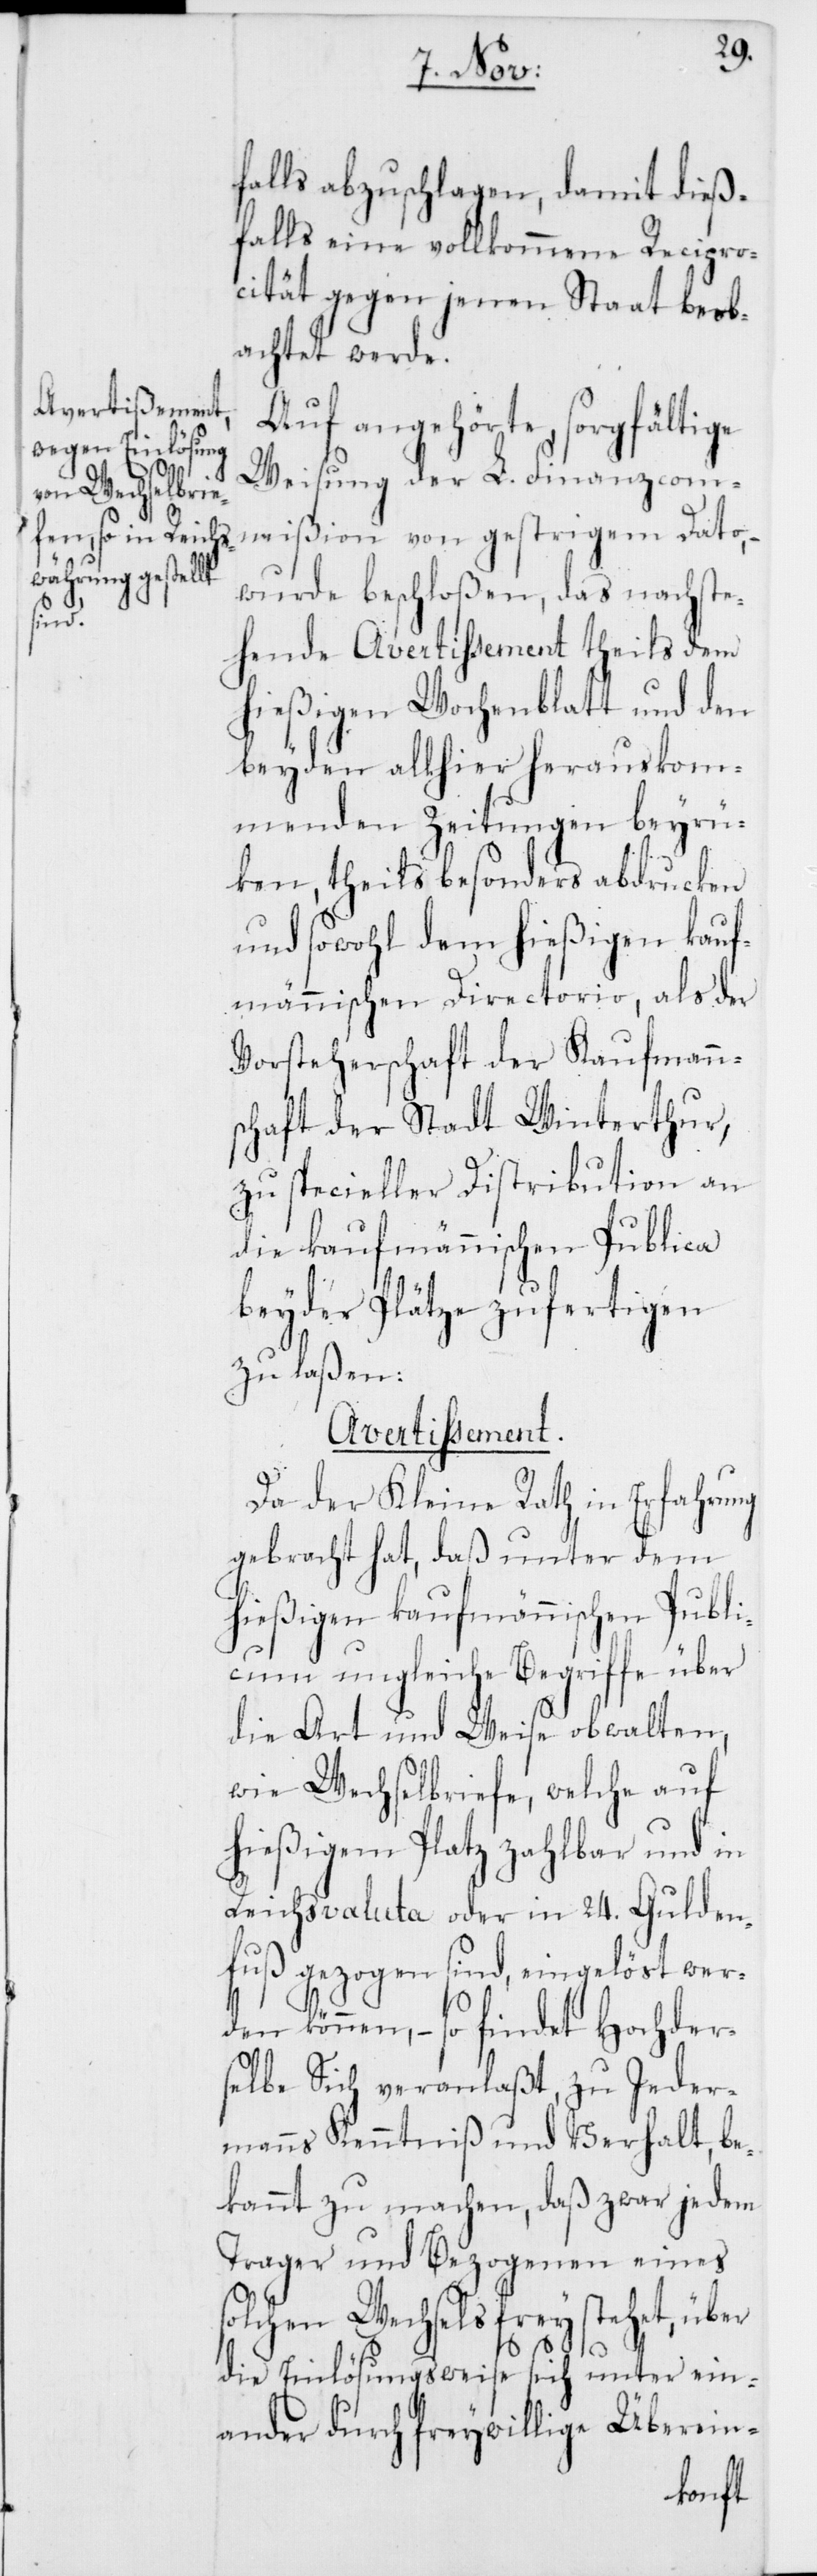
ion von
falls abzuschlagen, damit dieß¬
falls eine vollkommene Recipro¬
cität gegen jenen Staat beob¬
achtet werde.
Avertissement.
Auf angehörte, sorgfältige
Weisung der L. Finanzcommiß¬
wurde beschloßen, daß nachste¬
hende Avertissement theils dem
hießigen Wochenblatt und den
beyden allhier herauskom¬
menden Zeitungen beyrüc¬
ken, theils besonders abdrucken
und sowohl dem hießigen kauf¬
männischen Directorio, als der
Vorsteherschaft der Kaufmann¬
schaft der Stadt Winterthur,
zu specieller Distribution an
die kaufmännischen Publica
beyder Plätze zufertigen
zu laßen:
Da der Kleine Rath in Erfahrung
gebracht hat, daß unter dem
hießigen kaufmännischen Publi¬
cum ungleiche Begriffe über
die Art und Weise obwalten,
wie Wechselbriefe, welche auf
hießigem Platz zahlbar und in
Reichsvaluta oder in 24. Gulden¬
fuß gezogen sind, eingelöst wer¬
den können, – so findet Hochder¬
selbe Sich veranlaßt, zu Jeder¬
manns Kenntniß und Verhalt, be¬
kannt zu machen, daß zwar jedem
Trager und Bezogenen eines
solchen Wechsels frey stehet, über
die Einlösungsweise sich unter ein¬
ander durch freywillige Überein-